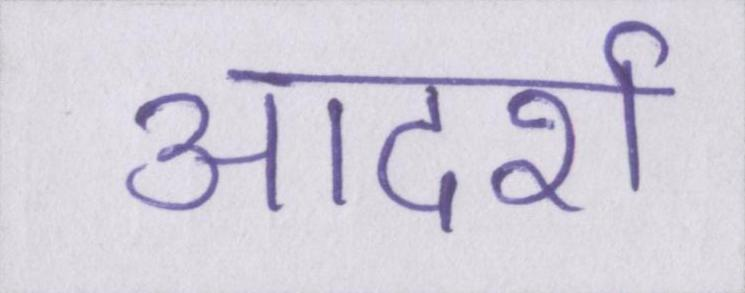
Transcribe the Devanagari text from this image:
आदर्श